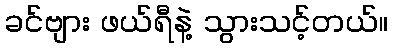
ခင်ဗျား ဖယ်ရီနဲ့ သွားသင့်တယ်။